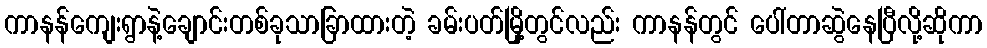
ကာနန်ကျေးရွာနဲ့ချောင်းတစ်ခုသာခြာထားတဲ့ ခမ်းပတ်မြို့တွင်လည်း ကာနန်တွင် ပေါ်တာဆွဲနေပြီလို့ဆိုကာ